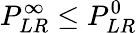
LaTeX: P_{LR}^{\infty}\leq P_{LR}^{0}